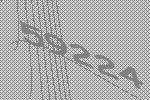
59224